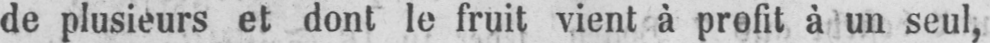
de plusieurs et dont le fruit vient à profit à un seul,